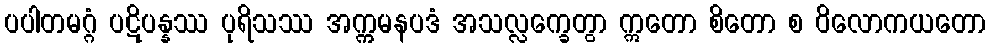
ပပါတမဂ္ဂံ ပဋိပန္နဿ ပုရိသဿ အက္ကမနပဒံ အသလ္လက္ခေတွာ ဣတော စိတော စ ဝိလောကယတော